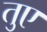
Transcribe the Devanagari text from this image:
तुए